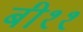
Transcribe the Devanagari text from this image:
बी११